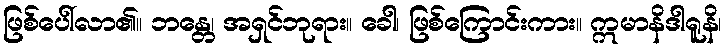
ဖြစ်ပေါ်လာ၏။ ဘန္တေ၊ အရှင်ဘုရား။ ခေါ၊ ဖြစ်ကြောင်းကား။ ဣမာနိဒါရူနိ၊